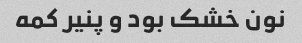
نون خشک بود و پنیر کمه